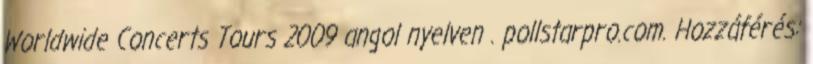
Worldwide Concerts Tours 2009 angol nyelven . pollstarpro.com. Hozzáférés: